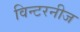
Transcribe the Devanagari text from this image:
विन्टरनीज